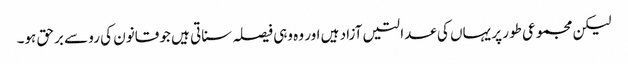
لیکن مجموعی طور پر یہاں کی عدالتیں آزاد ہیں اور وہ وہی فیصلہ سناتی ہیں جو قانون کی رو سے برحق ہو۔